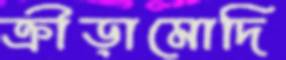
ক্রীড়ামোদি